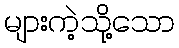
များကဲ့သို့သော